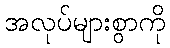
အလုပ်များစွာကို